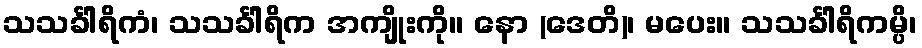
သသင်္ခါရိကံ၊ သသင်္ခါရိက အကျိုးကို။ နော (ဒေတိ)၊ မပေး။ သသင်္ခါရိကမ္ပိ၊